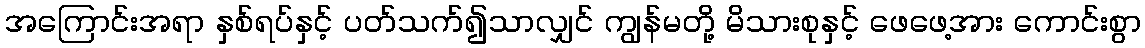
အကြောင်းအရာ နှစ်ရပ်နှင့် ပတ်သက်၍သာလျှင် ကျွန်မတို့ မိသားစုနှင့် ဖေဖေ့အား ကောင်းစွာ